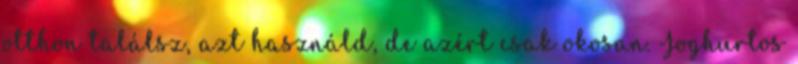
otthon találsz, azt használd, de azért csak okosan. Joghurtos